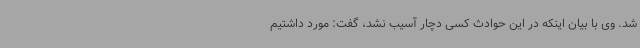
شد. وی با بیان اینکه در این حوادث کسی دچار آسیب نشد، گفت: مورد داشتیم